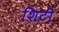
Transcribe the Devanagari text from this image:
शिटी